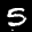
Label: 5